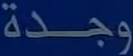
وجدة